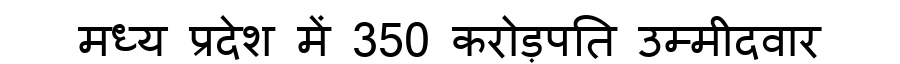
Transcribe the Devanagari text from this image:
मध्य प्रदेश में 350 करोड़पति उम्मीदवार